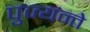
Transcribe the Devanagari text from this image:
पुज्यन्ते